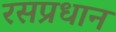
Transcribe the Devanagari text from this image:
रसप्रधान